Indian journal of veterinary science and animal husbandry - Volume 7,
Year: 1937
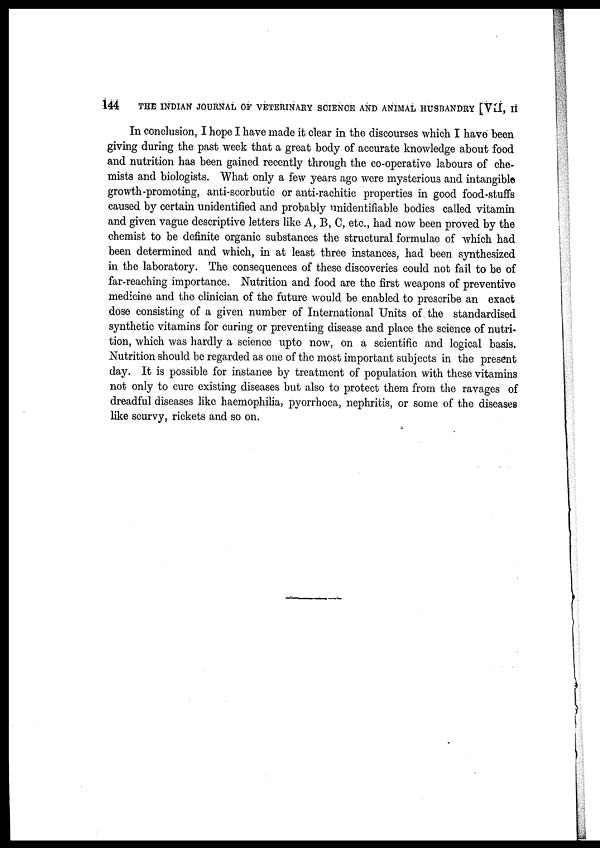
144
THE INDIAN JOURNAL OF VETERINARY SCIENCE AND ANIMAL HUSBANDRY [VII, II
In conclusion, I hope I have made it clear in the discourses which I have been
giving during the past week that a great body of accurate knowledge about food
and nutrition has been gained recently through the co-operative labours of che-
mists and biologists. What only a few years ago were mysterious and intangible
growth-promoting, anti-scorbutic or anti-rachitic properties in good food-stuffs
caused by certain unidentified and probably unidentifiable bodies called vitamin
and given vague descriptive letters like A, B, C, etc., had now been proved by the
chemist to be definite organic substances the structural formulae of which had
been determined and which, in at least three instances, had been synthesized
in the laboratory. The consequences of these discoveries could not fail to be of
far-reaching importance. Nutrition and food are the first weapons of preventive
medicine and the clinician of the future would be enabled to prescribe an exact
dose consisting of a given number of International Units of the standardised
synthetic vitamins for curing or preventing disease and place the science of nutri-
tion, which was hardly a science upto now, on a scientific and logical basis.
Nutrition should be regarded as one of the most important subjects in the present
day. It is possible for instance by treatment of population with these vitamins
not only to cure existing diseases but also to protect them from the ravages of
dreadful diseases like haemophilia, pyorrhoea, nephritis, or some of the diseases
like scurvy, rickets and so on.